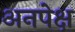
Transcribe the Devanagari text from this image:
अनपेक्ष